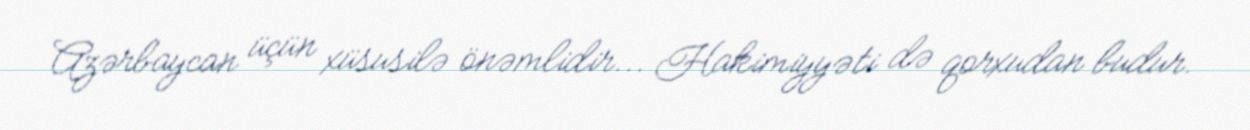
Azərbaycan üçün xüsusilə önəmlidir... Hakimiyyəti də qorxudan budur.